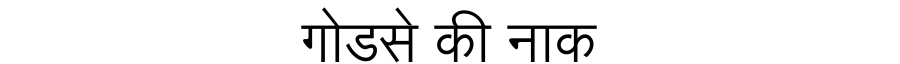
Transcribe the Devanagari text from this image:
गोडसे की नाक